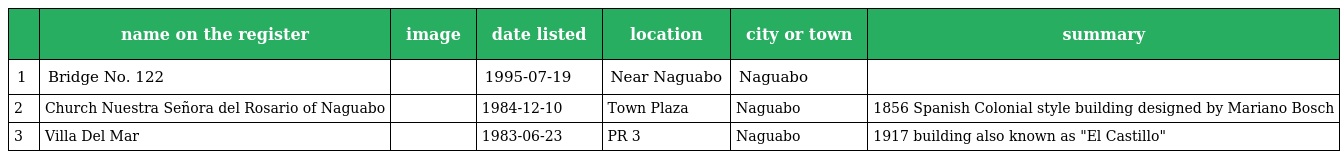
|  | name on the register | image | date listed | location | city or town | summary |
 | --- | --- | --- | --- | --- | --- | --- |
 | 1 | Bridge No. 122 |  | 1995-07-19 | Near Naguabo | Naguabo |  |
 | 2 | Church Nuestra Señora del Rosario of Naguabo |  | 1984-12-10 | Town Plaza | Naguabo | 1856 Spanish Colonial style building designed by Mariano Bosch |
 | 3 | Villa Del Mar |  | 1983-06-23 | PR 3 | Naguabo | 1917 building also known as "El Castillo" |